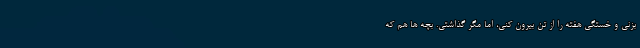
بزنی و خستگی هفته را از تن بیرون کنی، اما مگر گذاشتی. بچه ها هم که